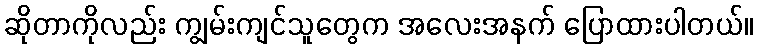
ဆိုတာကိုလည်း ကျွမ်းကျင်သူတွေက အလေးအနက် ပြောထားပါတယ်။